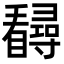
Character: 𪿃